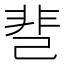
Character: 䨽